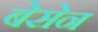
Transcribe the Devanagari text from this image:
बेसेन